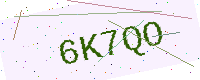
Text: 6K7QO